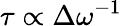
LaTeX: \tau\propto\Delta\omega^{-1}